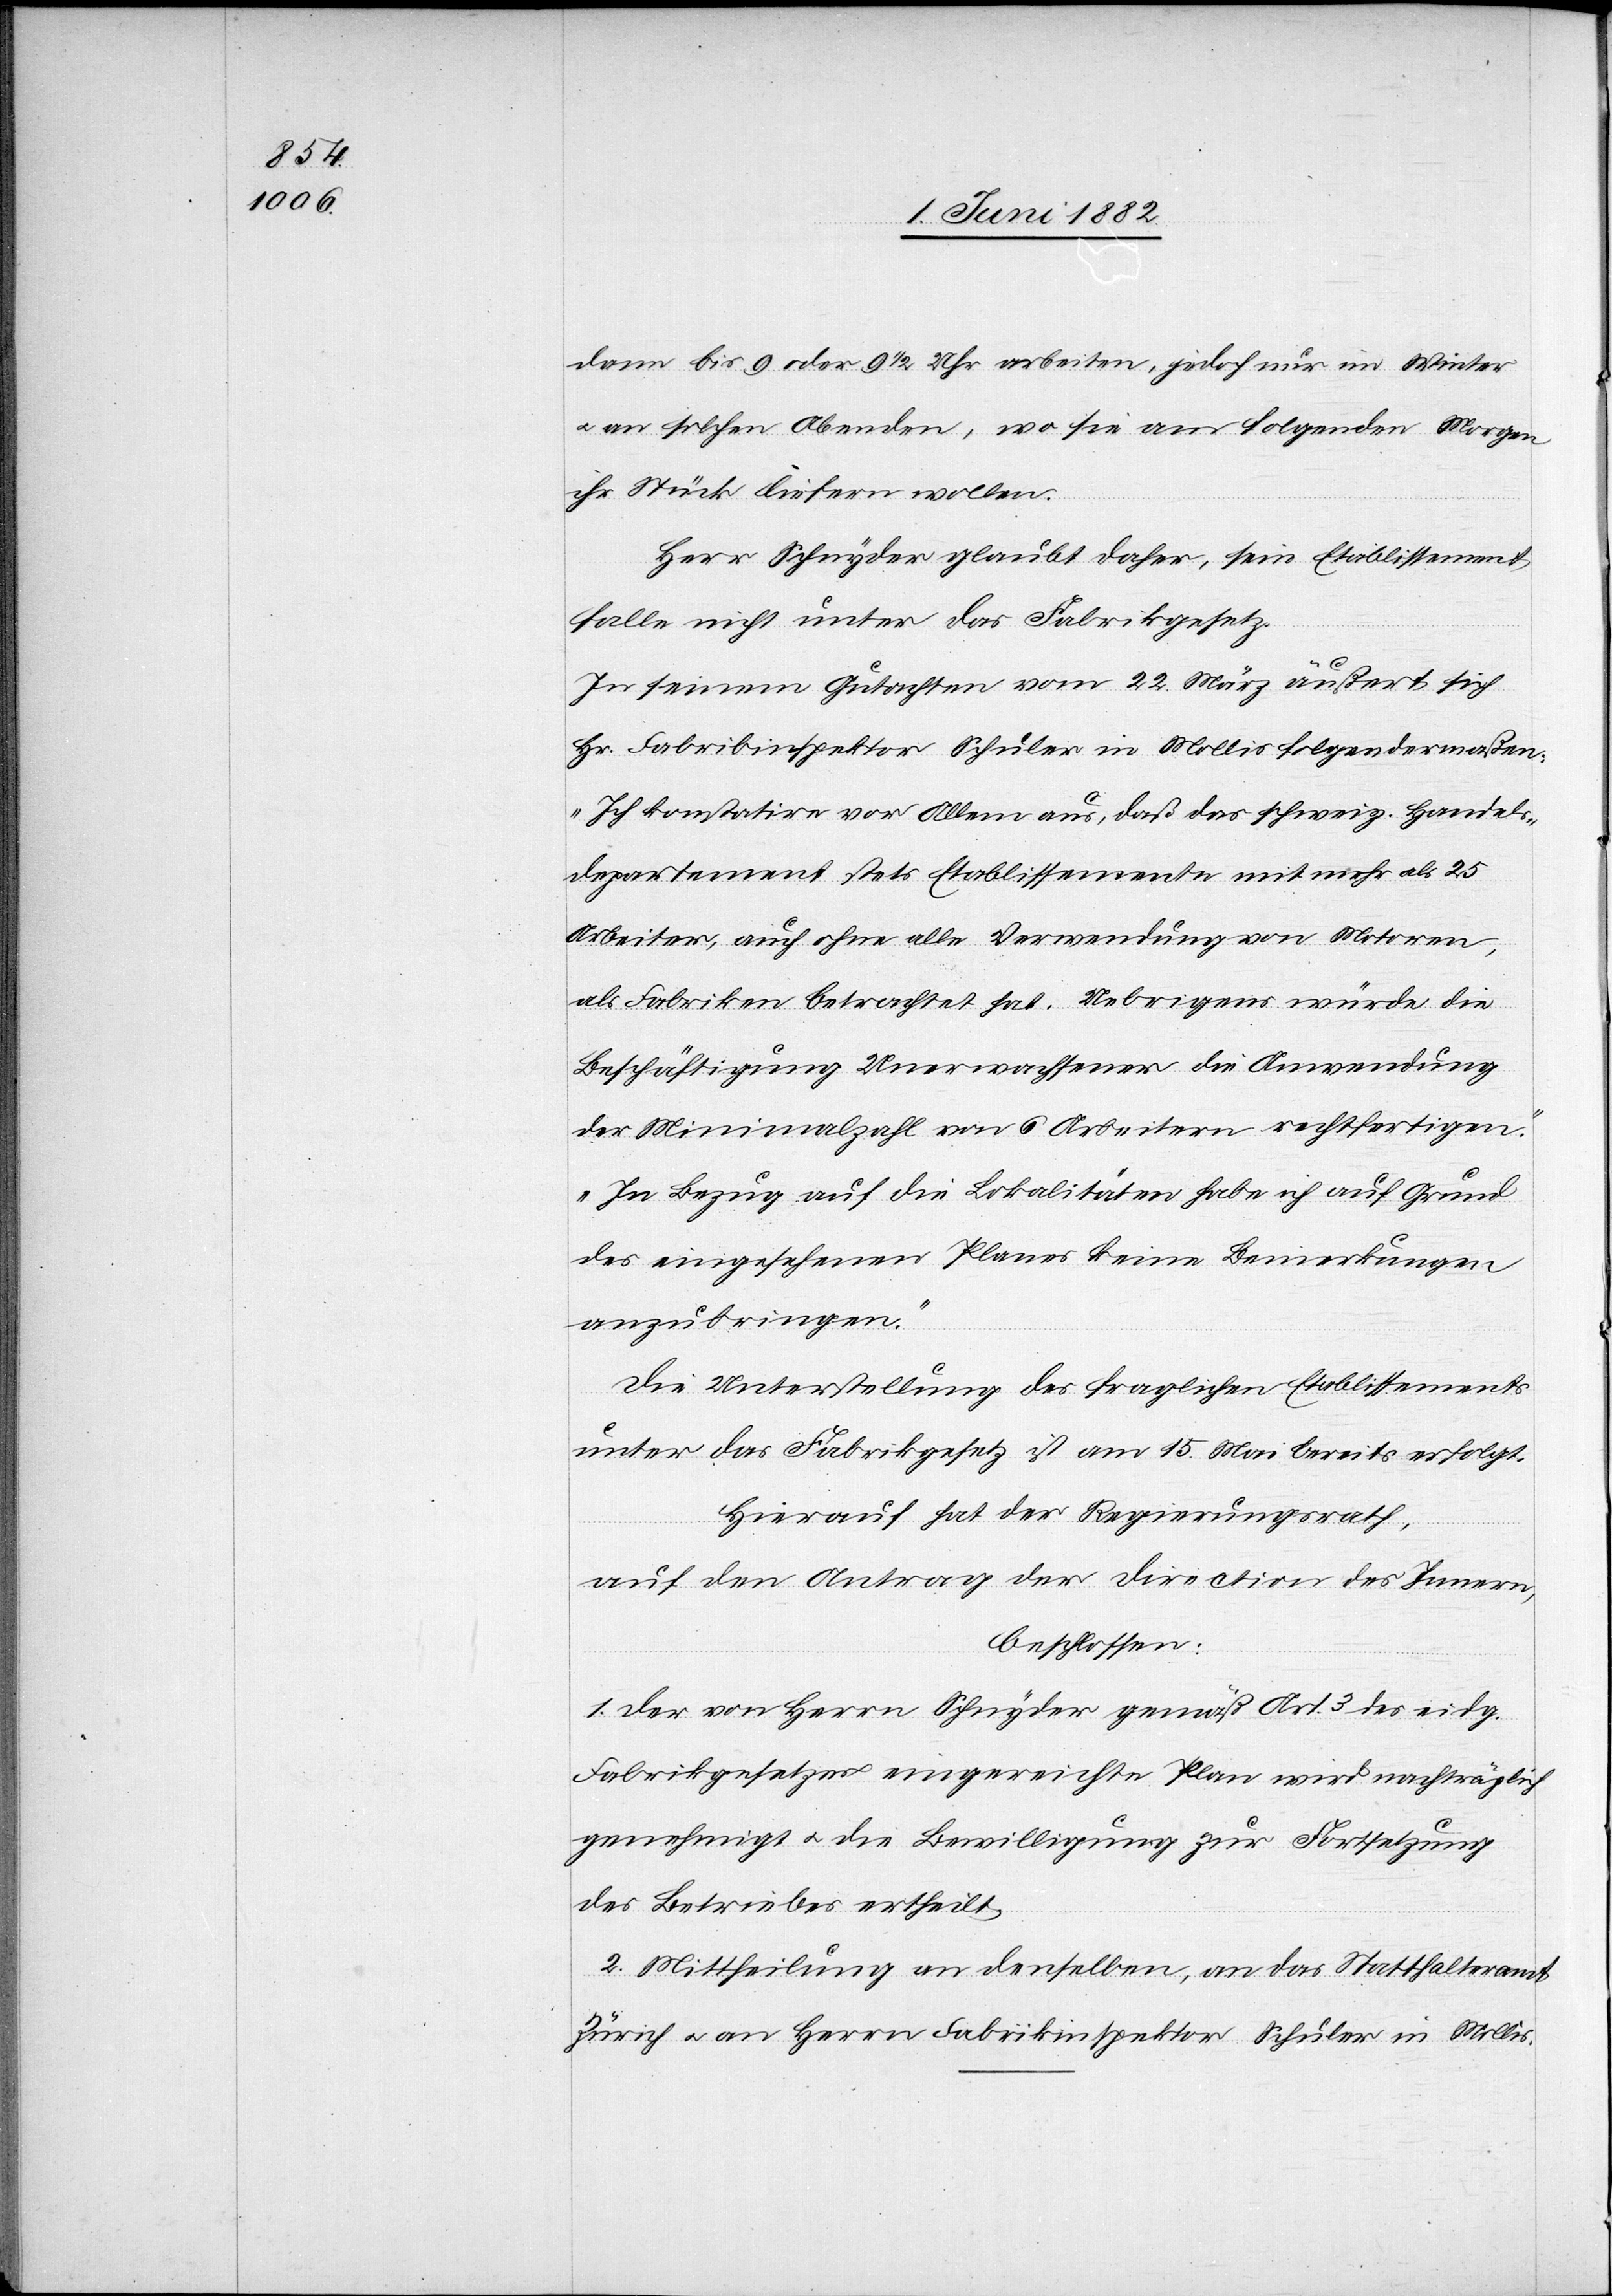
dann bis 9 oder 9 1/2 Uhr arbeiten, jedoch nur im Winter
an solchen Abenden, wo sie am folgenden Morgen
ihr Stück liefern wollen.
Herr Schnyder glaubt daher, sein Etablissement
falle nicht unter das Fabrikgesetz.
In seinem Gutachten vom 22. März äußert sich
Hr. Fabrikinspektor Schuler in Mollis folgendermaßen:
„Ich konstatire vor Allem aus, daß das schweiz. Handels¬
departement stets Etablissemente mit mehr als 25
Arbeiter, auch ohne alle Verwendung von Motoren,
als Fabriken betrachtet hat. Uebrigens würde die
Beschäftigung Unerwachsener die Anwendung
der Minimalanzahl von 6 Arbeitern rechtfertigen.
In Bezug auf die Lokalitäten habe ich auf Grund
des eingesehenen Planes keine Bemerkungen
anzubringen.“
Die Unterstellung des fraglichen Etablissements
unter das Fabrikgesetz ist am 15. Mai bereits erfolgt.
Hiernach hat der Regierungsrath,
auf den Antrag der Direction des Innern,
beschlossen:
1. Der von Herrn Schnyder gemäß Art. 3 des eidg.
Fabrikgesetzes eingereichte Plan wird nachträglich
genehmigt u. die Bewilligung zur Fortsetzung
des Betriebes ertheilt.
2. Mittheilung an denselben, an das Statthalteramt
Zürich u. an Herrn Fabrikinspektor Schuler in Mollis.